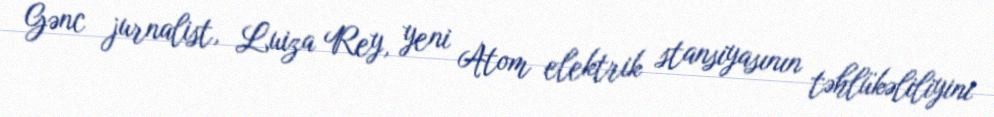
Gənc jurnalist, Luiza Rey, yeni Atom elektrik stansiyasının təhlükəliliyini